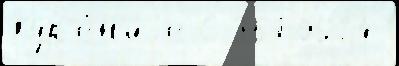
Кур'е́н'иjе С 3679524